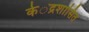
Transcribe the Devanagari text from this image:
के॓द्रशासित